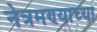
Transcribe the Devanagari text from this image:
नेत्रमण्याच्या